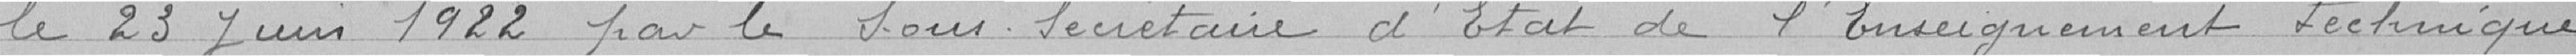
le 23 Juin 1922 par le Sous Secrétaire d'Etat de l'Enseignement technique